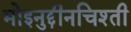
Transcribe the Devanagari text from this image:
मोइनुद्दीनचिश्ती